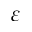
\varepsilon